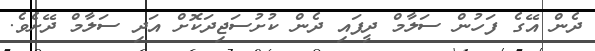
ދެން އޭގެ ފަހުން ސަލާމް ދީފައި ދެން ކުށުސަޖިދަކޮށް އަދި ސަލާމް ދޭށެވެ.